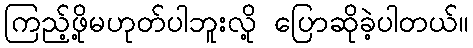
ကြည့်ဖို့မဟုတ်ပါဘူးလို့ ပြောဆိုခဲ့ပါတယ်။